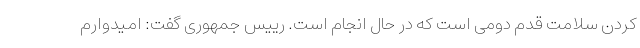
کردن سلامت قدم دومی است که در حال انجام است. رییس جمهوری گفت: امیدوارم